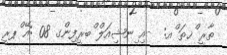
ތާރީ ްޚތަ ްއ:  -އި ިނޝިއަލް ްބރީފިންގ 08 :އޭ ްޕރީ